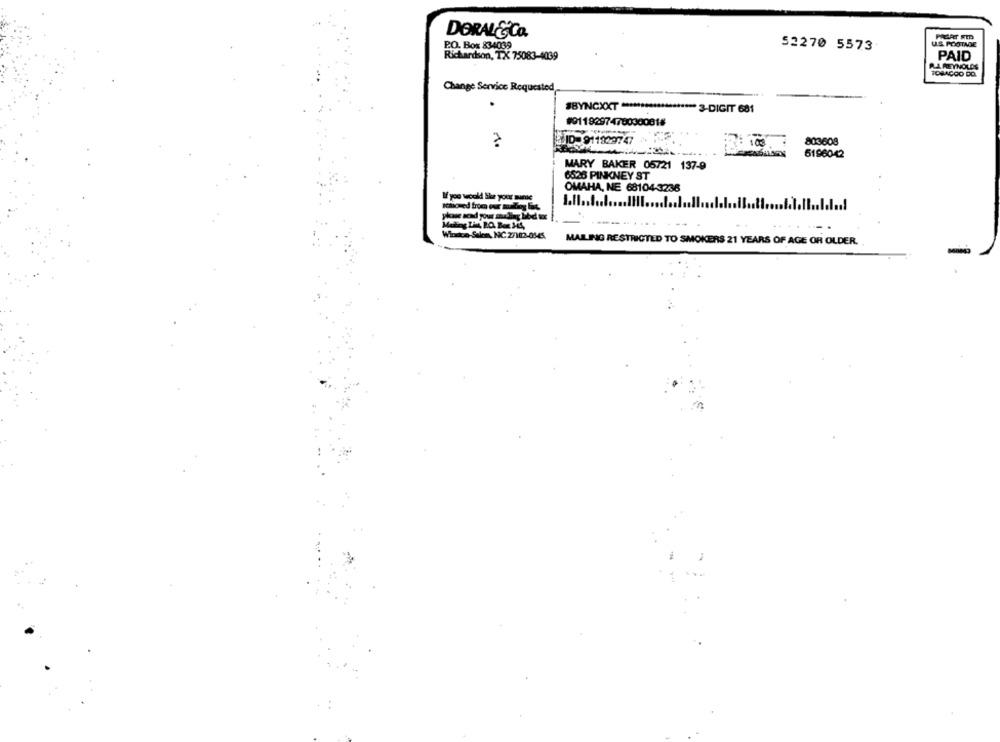
DORAL&CO.
P.O. Box 834039
U.S. POSTAME
52270 5573
Richardson, TX 75083-4039
PAID
RA REYNOLDS
TOBACCO DO.
Change Service Requested
#BYNCXXT *******
3-DIGIT 681
#91192974700300818
ID-911929747
803608
7: 100
6196042
MARY BAKER 05721 137-9
6526 PINKNEY ST
OMAHA, NE 68104-3236
If you would like your mamae
schoved from our mallary lic
phase acad your souding libd tot
MAILING RESTRICTED TO SMOKERS 21 YEARS OF AGE OR OLDER.